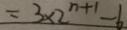
= 3 \times 2 ^ { n + 1 } - 6